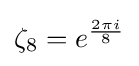
{\textstyle \zeta _{8}=e^{\frac {2\pi i}{8}}}